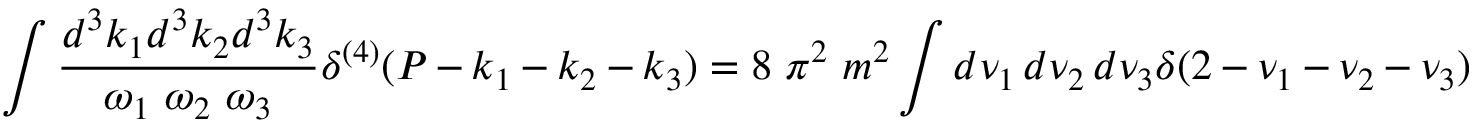
\int \frac { d ^ { 3 } k _ { 1 } d ^ { 3 } k _ { 2 } d ^ { 3 } k _ { 3 } } { \omega _ { 1 } \ \omega _ { 2 } \ \omega _ { 3 } } \delta ^ { ( 4 ) } ( P - k _ { 1 } - k _ { 2 } - k _ { 3 } ) = 8 \ \pi ^ { 2 } \ m ^ { 2 } \int d \nu _ { 1 } \, d \nu _ { 2 } \, d \nu _ { 3 } \delta ( 2 - \nu _ { 1 } - \nu _ { 2 } - \nu _ { 3 } )